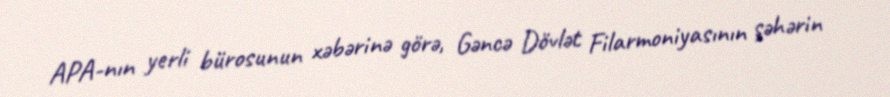
APA-nın yerli bürosunun xəbərinə görə, Gəncə Dövlət Filarmoniyasının şəhərin